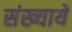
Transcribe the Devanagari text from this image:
संख्यायेँ